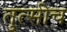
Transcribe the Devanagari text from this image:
तुत्‍सीच